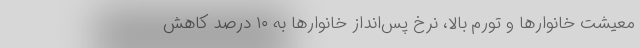
معیشت خانوارها و تورم بالا، نرخ پس‌انداز خانوارها به ۱۰ درصد کاهش